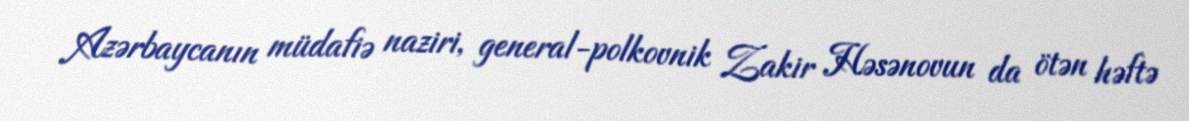
Azərbaycanın müdafiə naziri, general-polkovnik Zakir Həsənovun da ötən həftə